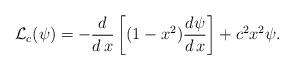
LaTeX: \begin{align*}\mathcal L_c(\psi)=-\frac{d}{d\, x}\left[(1-x^2)\frac{d\psi}{d\,x}\right]+c^2 x^2\psi.\end{align*}